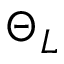
\Theta _ { L }